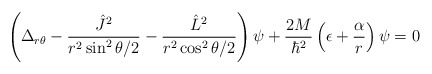
\begin{align*}\left(\Delta_{r \theta}- \frac{{\hat J}^2}{r^2 \sin^2 \theta/2}- \frac{{\hat L}^2}{r^2 \cos^2 \theta/2}\right)\psi +\frac{2M}{\hbar^2}\left(\epsilon + \frac{\alpha}{r}\right)\psi=0\end{align*}